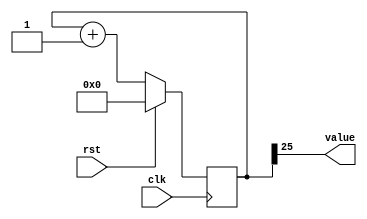
/*
   This file was generated automatically by the Mojo IDE version B1.3.6.
   Do not edit this file directly. Instead edit the original Lucid source.
   This is a temporary file and any changes made to it will be destroyed.
*/

/*
   Parameters:
     SIZE = 1
     DIV = 25
     TOP = 0
     UP = 1
*/
module counter_31 (
    input clk,
    input rst,
    output reg [0:0] value
  );
  
  localparam SIZE = 1'h1;
  localparam DIV = 5'h19;
  localparam TOP = 1'h0;
  localparam UP = 1'h1;
  
  
  reg [25:0] M_ctr_d, M_ctr_q = 1'h0;
  
  localparam MAX_VALUE = 26'h1ffffff;
  
  always @* begin
    M_ctr_d = M_ctr_q;
    
    value = M_ctr_q[25+0-:1];
    if (1'h1) begin
      M_ctr_d = M_ctr_q + 1'h1;
      if (1'h0 && M_ctr_q == 26'h1ffffff) begin
        M_ctr_d = 1'h0;
      end
    end else begin
      M_ctr_d = M_ctr_q - 1'h1;
      if (1'h0 && M_ctr_q == 1'h0) begin
        M_ctr_d = 26'h1ffffff;
      end
    end
  end
  
  always @(posedge clk) begin
    if (rst == 1'b1) begin
      M_ctr_q <= 1'h0;
    end else begin
      M_ctr_q <= M_ctr_d;
    end
  end
  
endmodule